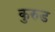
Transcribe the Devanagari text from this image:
कुरुड